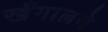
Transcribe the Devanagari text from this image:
खँगालने